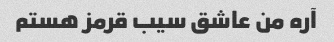
آره من عاشق سیب قرمز هستم